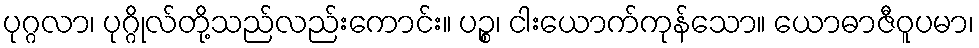
ပုဂ္ဂလာ၊ ပုဂ္ဂိုလ်တို့သည်လည်းကောင်း။ ပဉ္စ၊ ငါးယောက်ကုန်သော။ ယောဓာဇီဝူပမာ၊